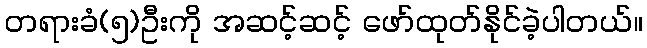
တရားခံ(၅)ဦးကို အဆင့်ဆင့် ဖော်ထုတ်နိုင်ခဲ့ပါတယ်။